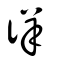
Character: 徉